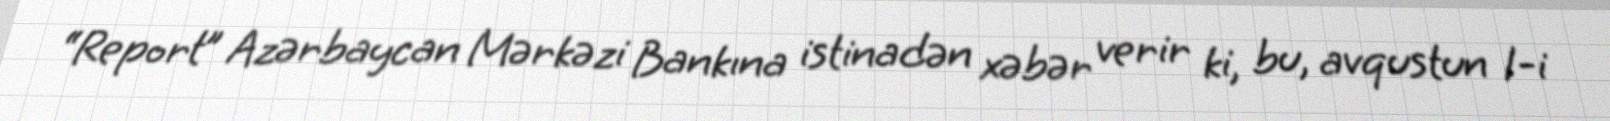
“Report” Azərbaycan Mərkəzi Bankına istinadən xəbər verir ki, bu, avqustun 1-i